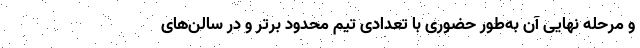
و مرحله نهایی آن به‌طور حضوری با تعدادی تیم محدود برتر و در سالن‌های